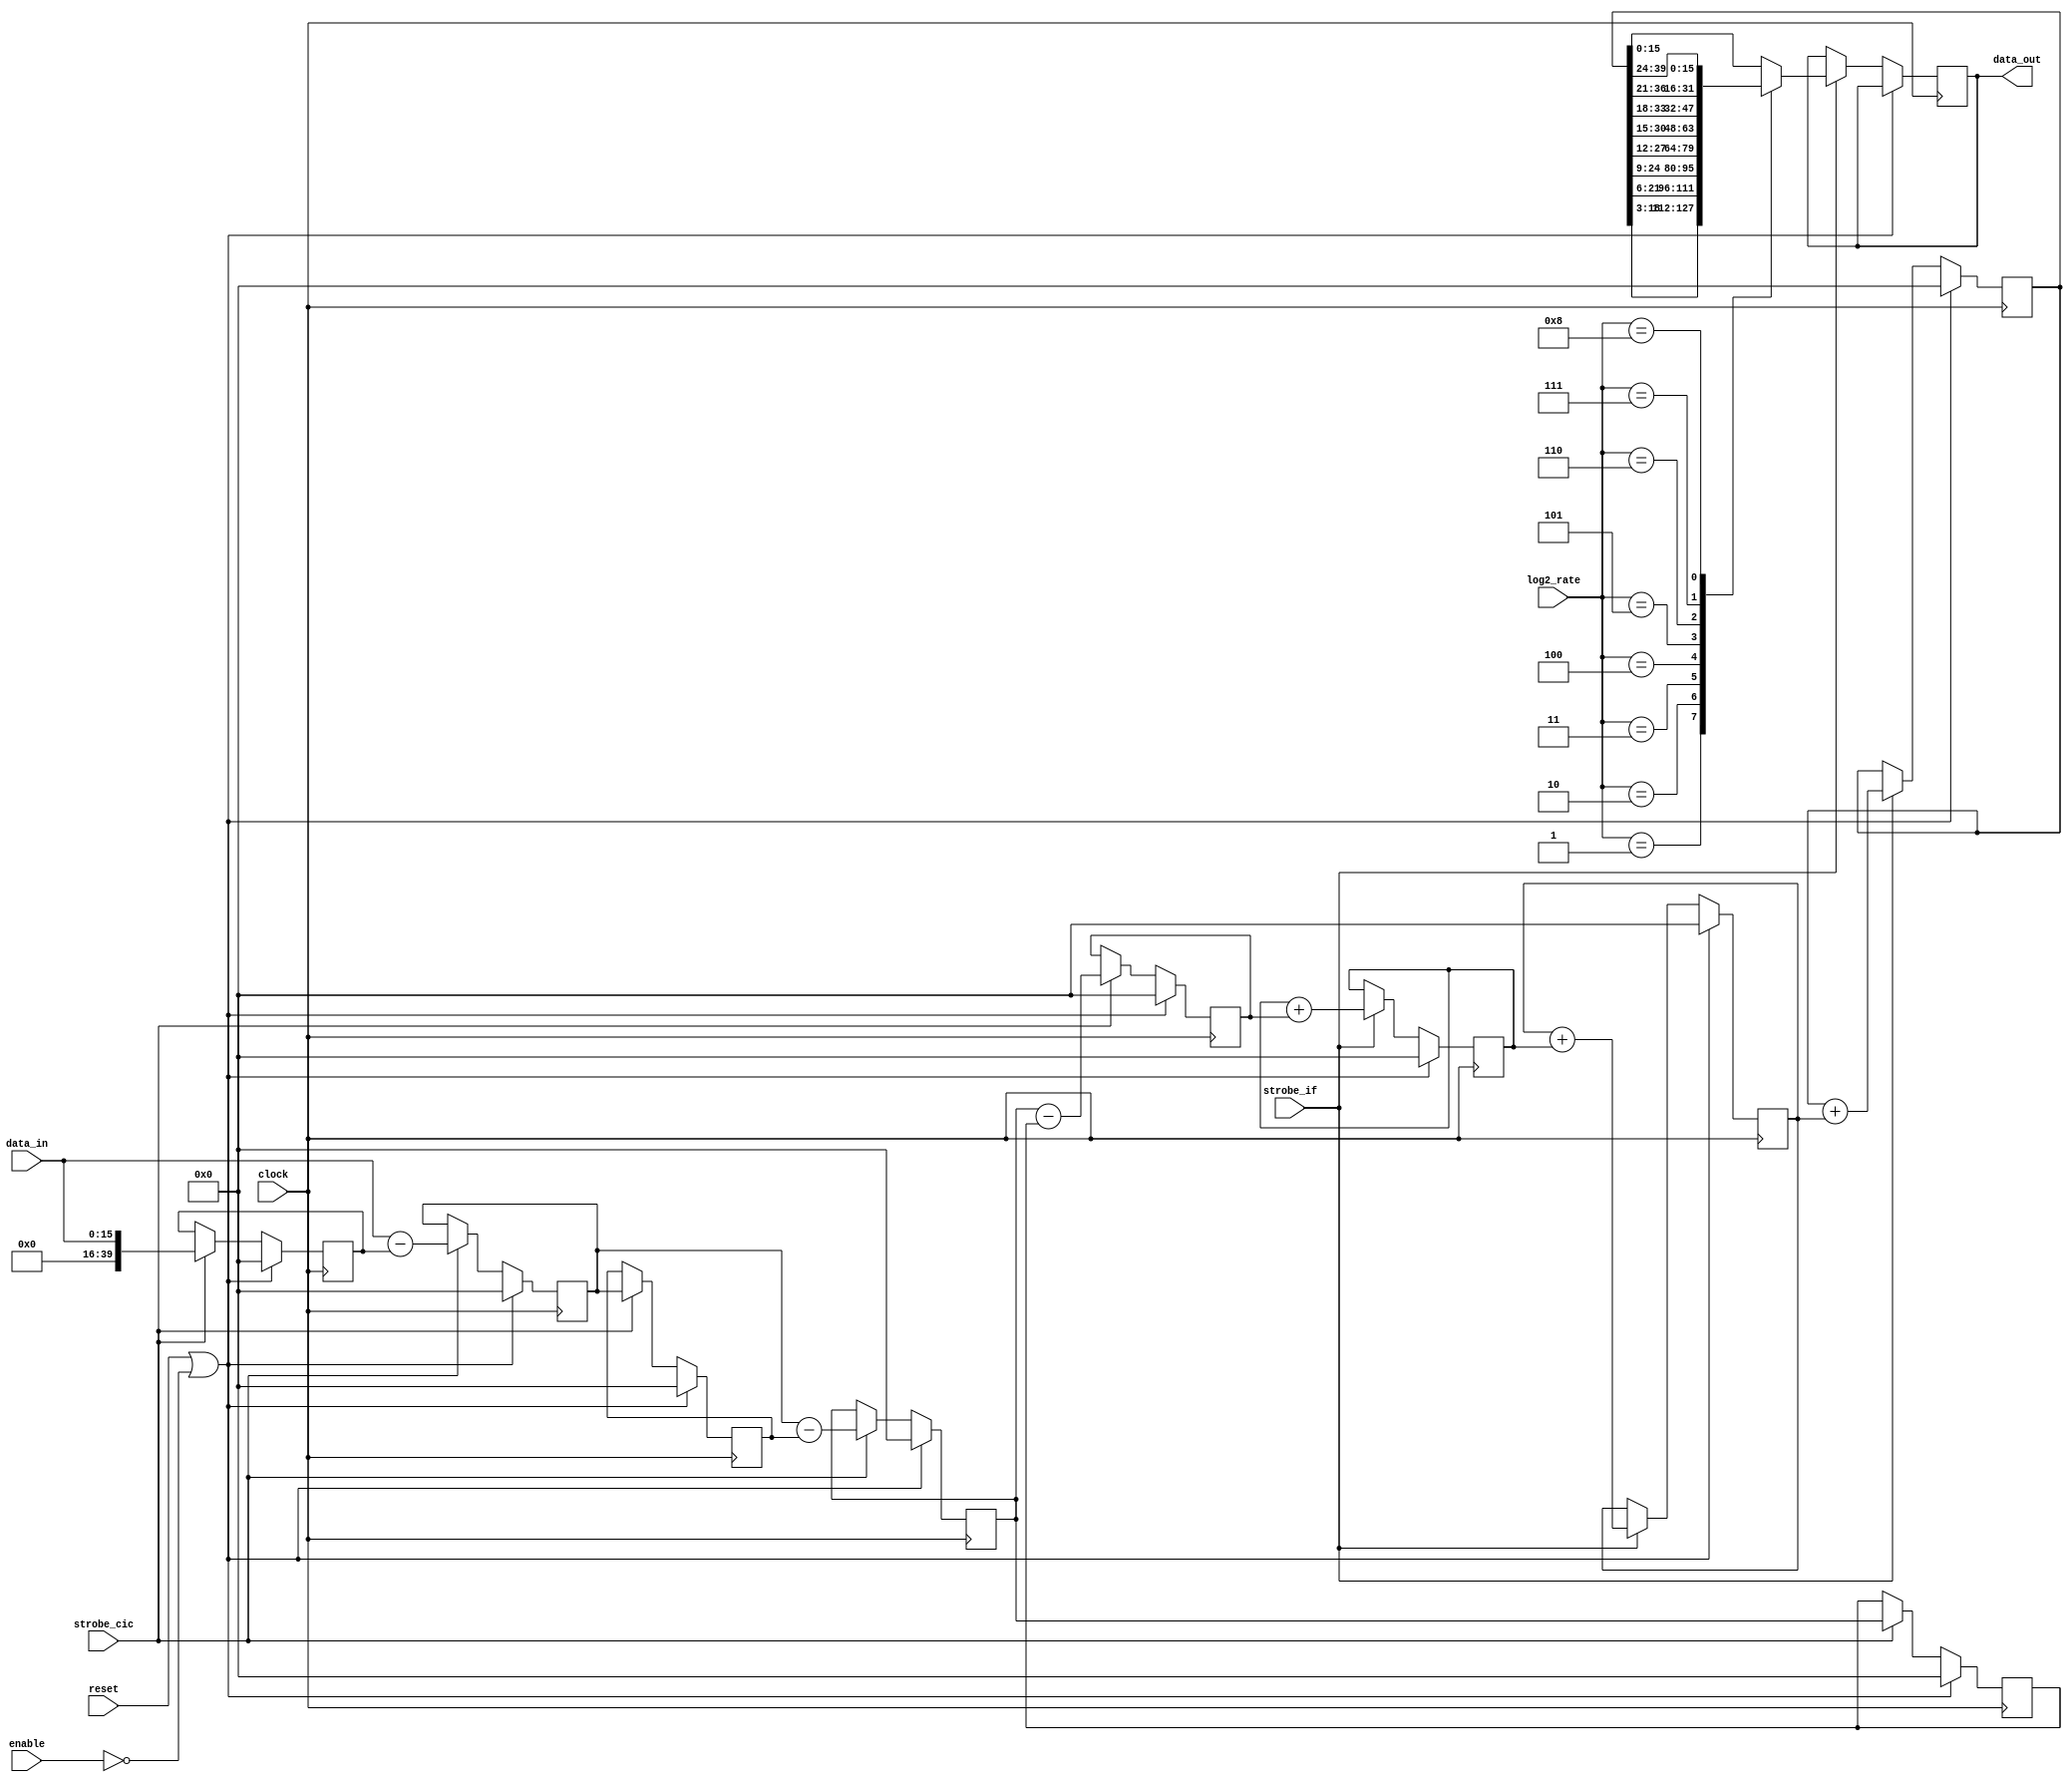
module WcaCicInterp
(
	input wire clock,
	input wire reset,
	input wire enable,

	input wire strobe_cic,
	input wire strobe_if,
	
	input wire [3:0] log2_rate,

	input  wire [15:0] data_in,
	output wire [15:0] data_out
);

//integ2 => #1 integ2 + {{8{integ1[15]}}, integ1}

// Comb (differentiator) registers
reg [24+15:0] comb1;
reg [24+15:0] comb2;
reg [24+15:0] comb3;

// Pipeline registers for combs
reg [24+15:0] pipe1;
reg [24+15:0] pipe2;
reg [24+15:0] pipe3;

// Integrating (accumulator) registers
// Each integrator stage can grow by as much as 8 bits
// assuming a max interpolation rate of 256
reg [24+15:0] integ1;  
reg [24+15:0] integ2;
reg [24+ 15:0] integ3;


//***********************************
// Cascading Combs with Pipeline Regs
//***********************************
always @(posedge clock)
	if(reset | ~enable)
		begin
			pipe1 <= #1 0;
			pipe2 <= #1 0;
			pipe3 <= #1 0;
			comb1 <= #1 0;
			comb2 <= #1 0;
			comb3 <= #1 0;	
		end
	else if (strobe_cic)
		begin
			comb1 <= #1 data_in;
			pipe1 <= #1 data_in - comb1;
			comb2 <= #1 pipe1;
			pipe2 <= #1 pipe1 - comb2;
			comb3 <= #1 pipe2;
			pipe3 <= #1 pipe2 - comb3;
		end

//***********************************
// Cascading Integrators
//***********************************
reg [15:0] data_store;

always @(posedge clock)
	if(reset | ~enable)
		begin
			integ1 <= #1 0;
			integ2 <= #1 0;
			integ3 <= #1 0;
		end
	else if (strobe_if)
		begin
			integ1 <= #1 integ1 + pipe3;//{{8{pipe3[15]}}, pipe3};
			integ2 <= #1 integ2 + integ1;//{{8{integ1[23]}}, integ1};
			integ3 <= #1 integ3 + integ2;//{{8{integ2[31]}}, integ2};
			
			// Scale the output by log2 of interpolation rate
			case(log2_rate)
				4'h1:  data_store = integ3[18:3];
				4'h2:  data_store = integ3[21:6];
				4'h3:  data_store = integ3[24:9];
				4'h4:  data_store = integ3[27:12];
				4'h5:  data_store = integ3[30:15];
				4'h6:  data_store = integ3[33:18];
				4'h7:  data_store = integ3[36:21];
				4'h8:  data_store = integ3[39:24];
				default: data_store = integ3[15:0];
			endcase
		end
		
// Assign the final value coming out of CIC
assign data_out = data_store;

endmodule